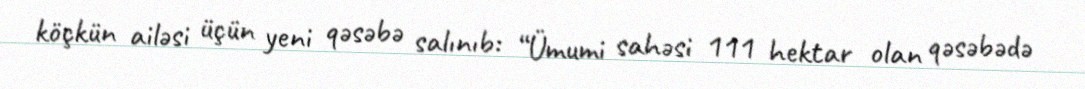
köçkün ailəsi üçün yeni qəsəbə salınıb: “Ümumi sahəsi 111 hektar olan qəsəbədə